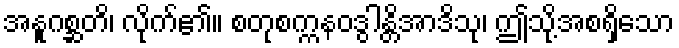
အနူဂစ္ဆတိ၊ လိုက်၏။ စတုစက္ကနဝဒွါန္တိအာဒိသု၊ ဤသို့အစရှိသော